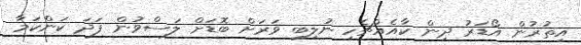
އިތުރުން އޯޑަރު ދިން ކާއެއްޗެހި ނުލިބި ވަރަށް ބޮޑަށް ލަސްވުން ފަދަ ކަންކަމާ